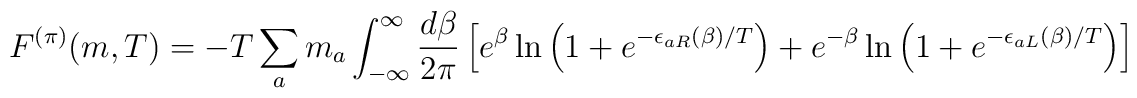
F^{(\pi)} (m,T)= - T \sum_a m_a \int_{-\infty}^{\infty} \frac{d\beta}{2\pi} \left[e^{\beta}\ln\left( 1 + e^{-\epsilon_{aR}(\beta)/T}\right)+ e^{-\beta}\ln\left( 1 + e^{-\epsilon_{aL}(\beta)/T}\right)\right]